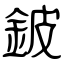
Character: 鈹